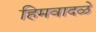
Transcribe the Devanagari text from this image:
हिमवादळे